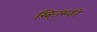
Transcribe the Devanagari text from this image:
स्नि्तस्की